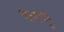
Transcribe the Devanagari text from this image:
दलपुर